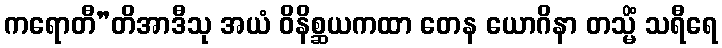
ကရောတီ”တိအာဒီသု အယံ ဝိနိစ္ဆယကထာ တေန ယောဂိနာ တသ္မိံ သရီရေ